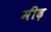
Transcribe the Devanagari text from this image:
मीढ़